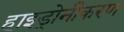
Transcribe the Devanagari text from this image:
हाइड्रोनीकरण